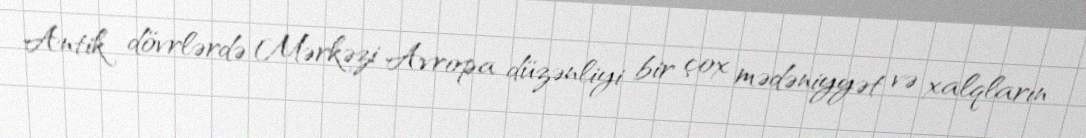
Antik dövrlərdə Mərkəzi Avropa düzənliyi bir çox mədəniyyət və xalqların